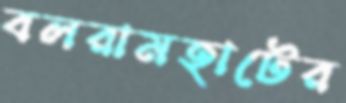
বলরামহাটের